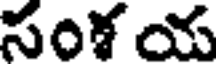
సంశ య